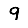
Digit: 9